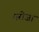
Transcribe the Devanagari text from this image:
मरोजा